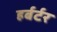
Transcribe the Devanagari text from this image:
हर्बर्टर